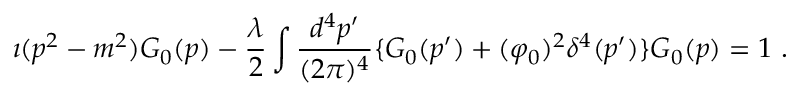
\imath ( p ^ { 2 } - m ^ { 2 } ) G _ { 0 } ( p ) - \frac { \lambda } { 2 } \int \frac { d ^ { 4 } p ^ { \prime } } { ( 2 \pi ) ^ { 4 } } \{ G _ { 0 } ( p ^ { \prime } ) + ( \varphi _ { 0 } ) ^ { 2 } \delta ^ { 4 } ( p ^ { \prime } ) \} G _ { 0 } ( p ) = 1 \ .